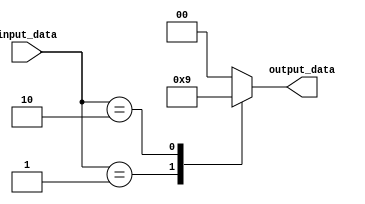
module behavioral_block(
    input [2:0] input_data,
    output reg [1:0] output_data
);

always @(*)
begin
    case(input_data)
        3'b001: output_data = 2'b10;
        3'b010: output_data = 2'b01;
        default: output_data = 2'b00;
    endcase
end

endmodule